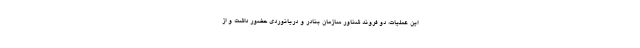
این عملیات، دو فروند شناور سازمان بنادر و دریانوردی حضور داشت و از